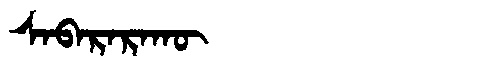
Manchu: ᠰᠠᠪᠠᡵᠠᡵᠠᡴᡡ
Romanization: SABARARAKŪ